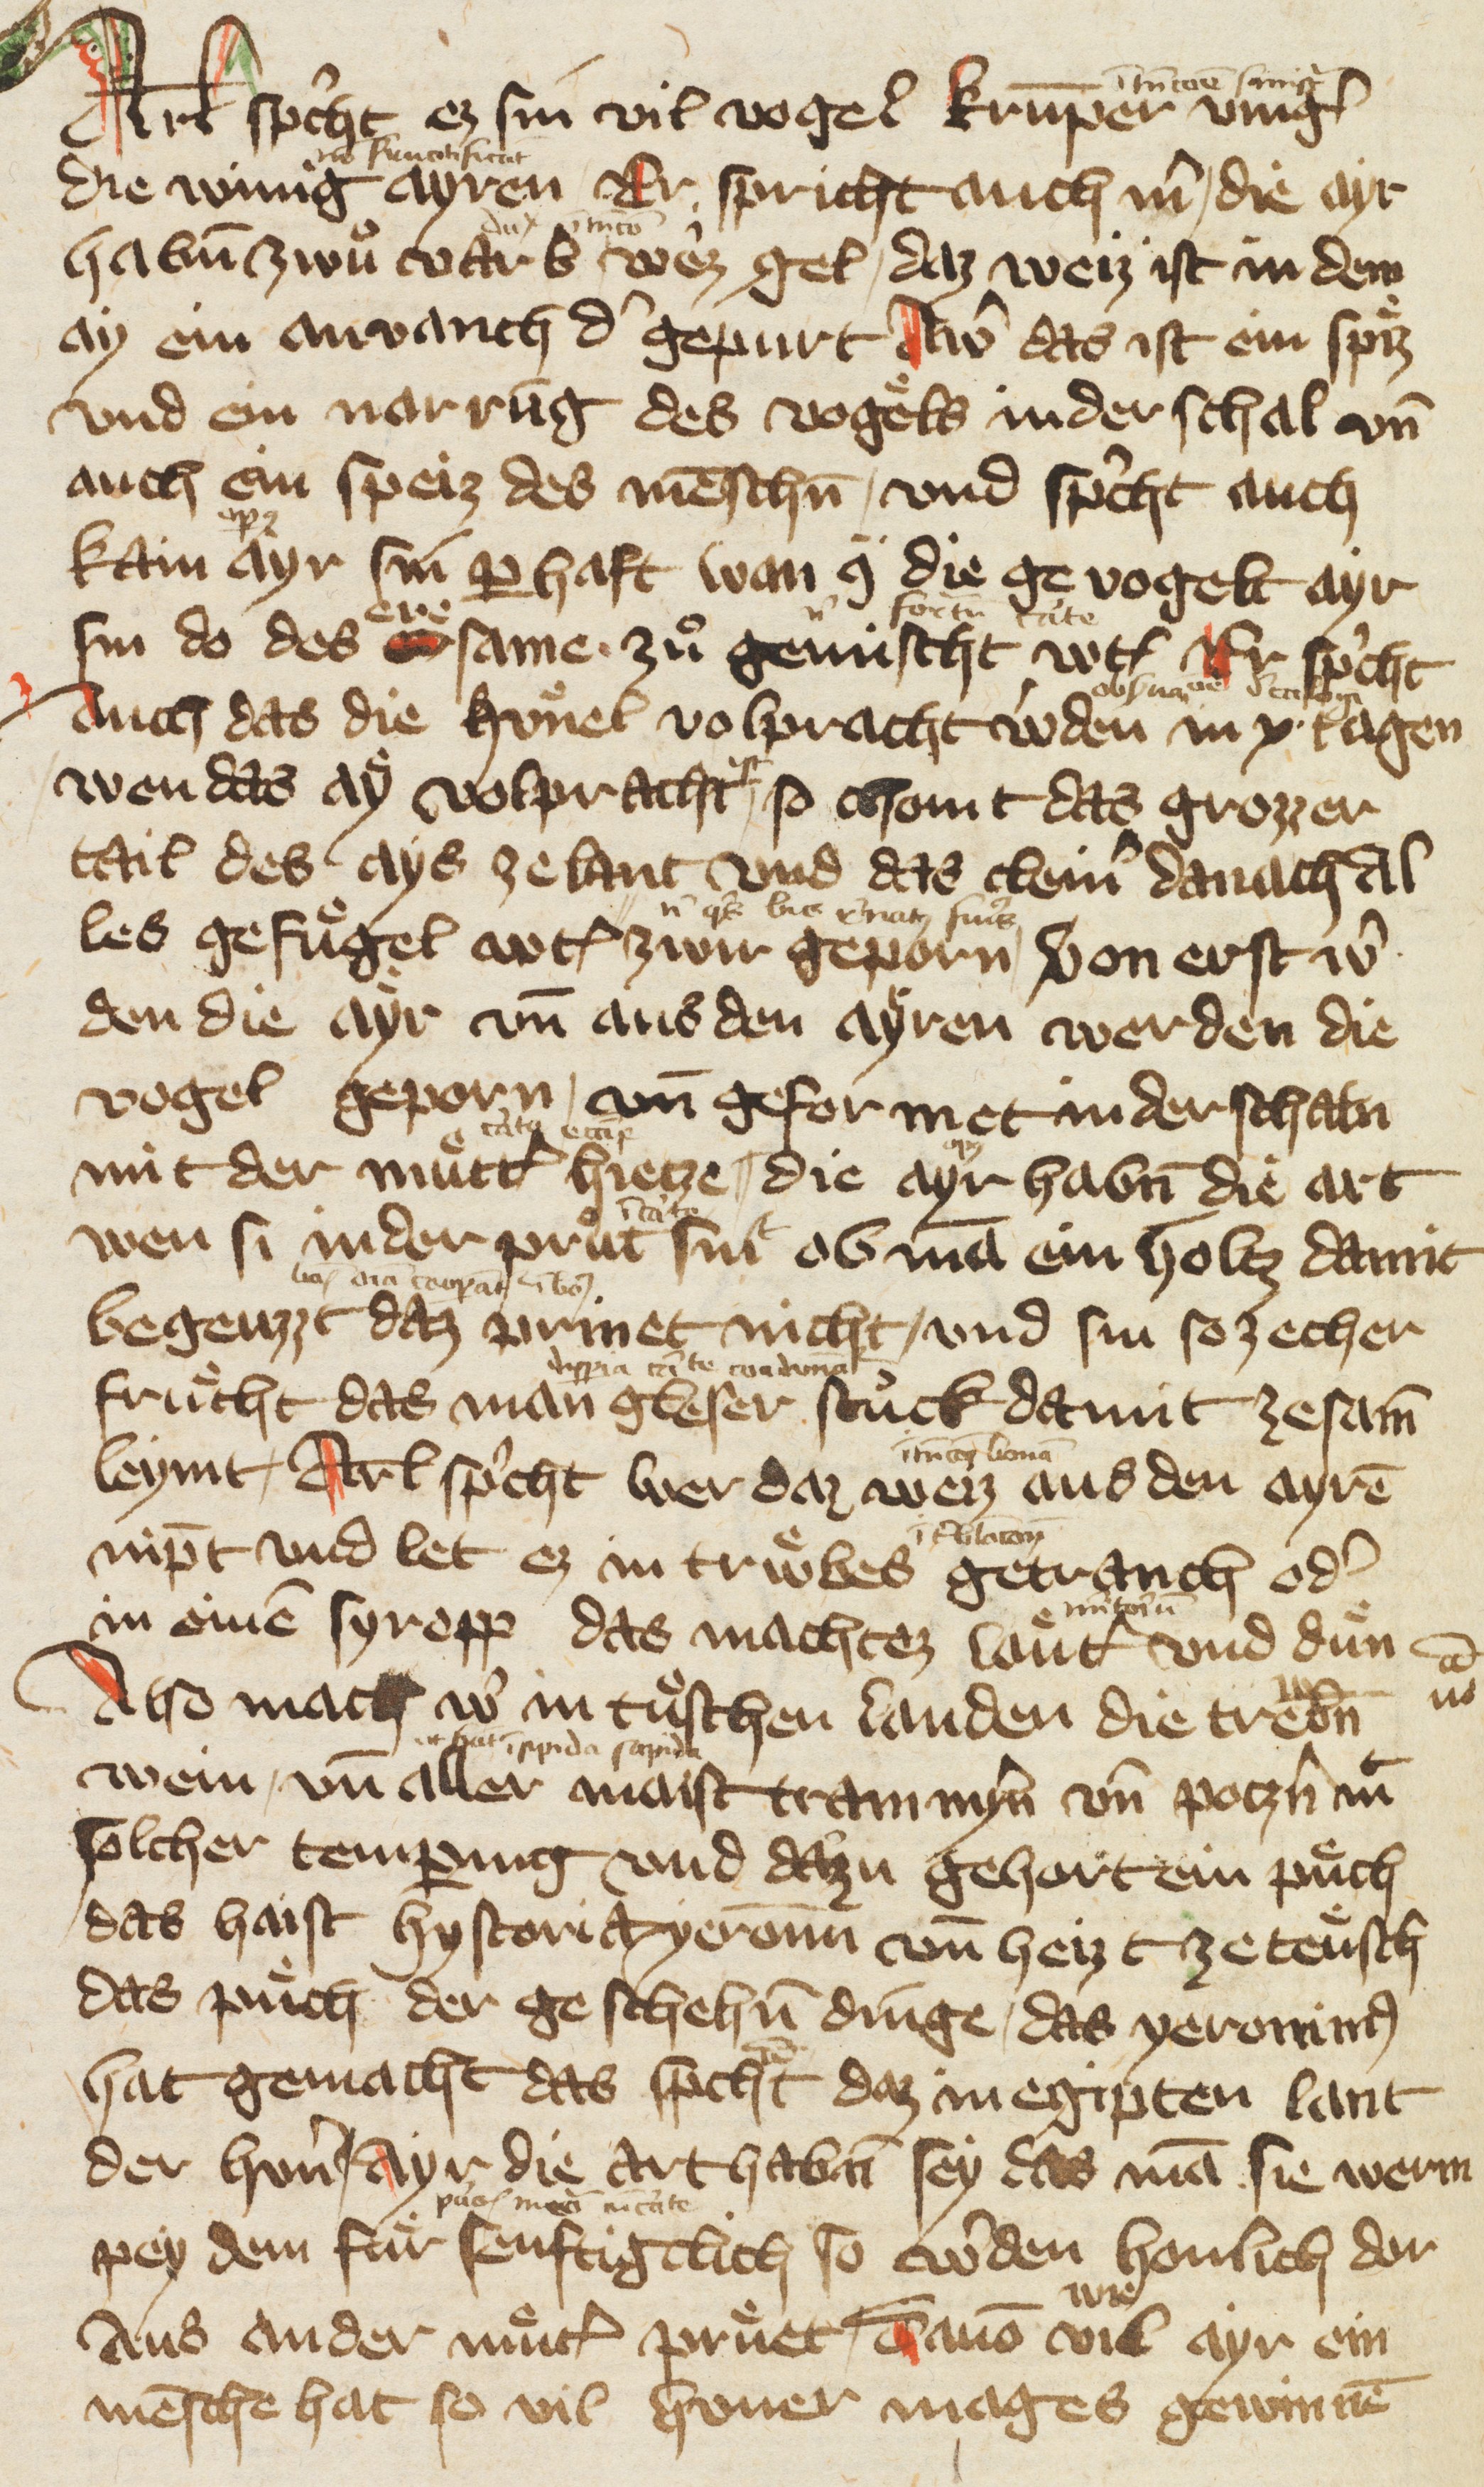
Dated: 1378–1378